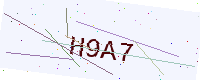
Text: H9A7